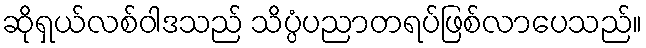
ဆိုရှယ်လစ်ဝါဒသည် သိပ္ပံပညာတရပ်ဖြစ်လာပေသည်။